Civil Veterinary Department Bengal reports 1933-51 - 1933-1951
Year: 1933
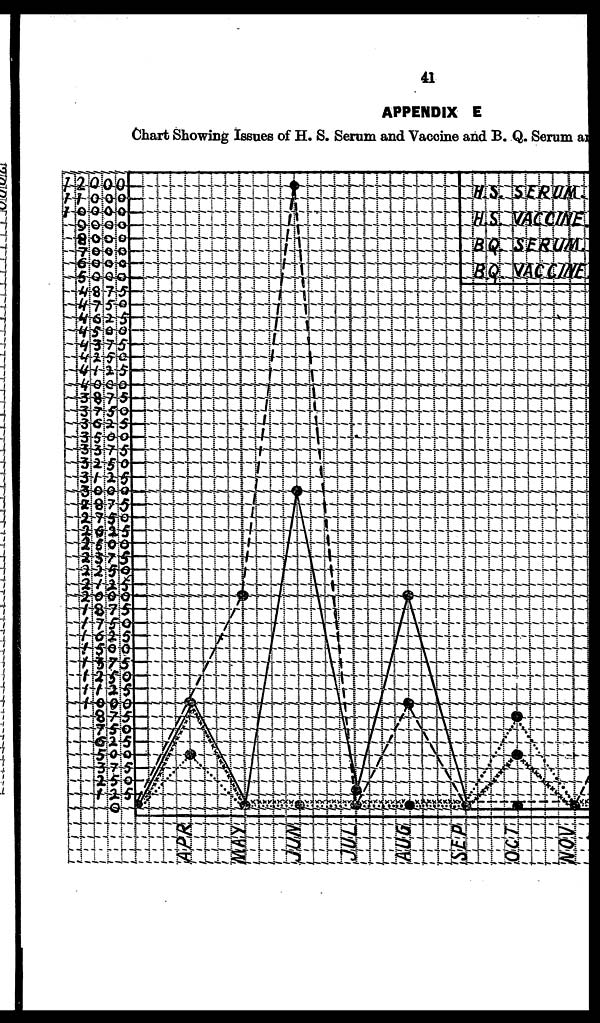
41
APPENDIX E
Chart Showing Issues of H. S. Serum and Vaccine and B. Q. Serum and